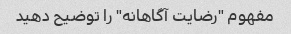
مفهوم "رضایت آگاهانه" را توضیح دهید